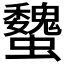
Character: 𧕞